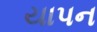
યાપન